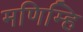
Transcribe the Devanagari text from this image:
मणिम्हि